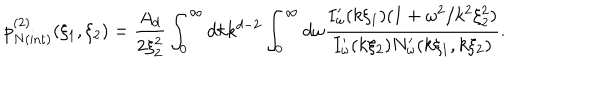
LaTeX: p _ { N { \mathrm { ( i n t ) } } } ^ { ( 2 ) } ( \xi _ { 1 } , \xi _ { 2 } ) = \frac { A _ { d } } { 2 \xi _ { 2 } ^ { 2 } } \int _ { 0 } ^ { \infty } d k k ^ { d - 2 } \int _ { 0 } ^ { \infty } d \omega \frac { I _ { \omega } ^ { \prime } ( k \xi _ { 1 } ) ( 1 + \omega ^ { 2 } / k ^ { 2 } \xi _ { 2 } ^ { 2 } ) } { I _ { \omega } ^ { \prime } ( k \xi _ { 2 } ) N _ { \omega } ^ { \prime } ( k \xi _ { 1 } , k \xi _ { 2 } ) } .